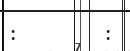
:        :